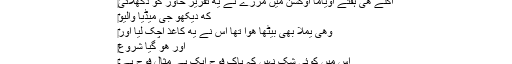
‎اگلے هی ہفتے اویاما اوکشن میں مرزے نے یه تقریر خاور کو دکھلائی
‎که دیکھو جی میڈیا والیو
‎وهی یملا بھی بیٹھا هوا تھا اس نے یه کاغذ اچک لیا اور
‎اور هو گیا شروع
‎اس میں کوئی شک نہیں کہ پاک فوج ایک بے مثال فوج ہے۔